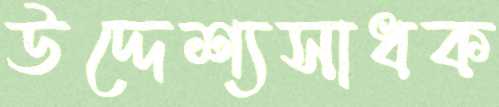
উদ্দেশ্যসাধক